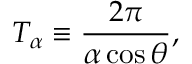
T _ { \alpha } \equiv \frac { 2 \pi } { \alpha \cos \theta } ,